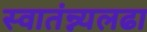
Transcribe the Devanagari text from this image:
स्वातंन्न्यलढा